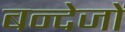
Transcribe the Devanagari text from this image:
बन्देजों